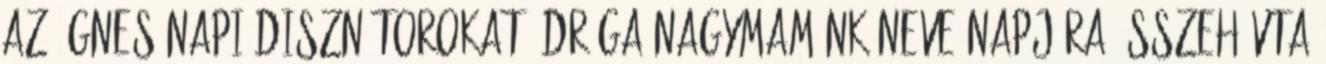
az Ágnes napi disznótorokat. Drága nagymamánk neve napjára összehívta